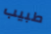
طبيب